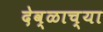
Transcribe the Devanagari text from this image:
देव्ळाच्या